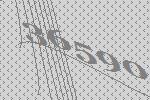
36590